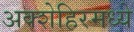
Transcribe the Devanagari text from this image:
अक्शेहिरमध्ये